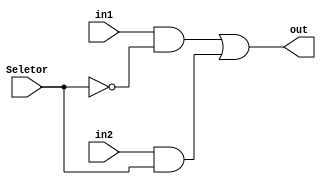
module multiplex(Seletor, in1, in2, out);
	input Seletor, in1, in2;
	output out;
	
	wire saida0;
	wire saida1;
	
	not (SL0, Seletor);
	
	and (saida0, in1, SL0);
	and (saida1, in2, Seletor);
	
	or (out, saida0, saida1);
	
endmodule